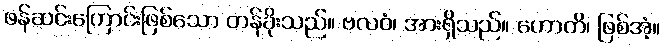
ဖန်ဆင်းကြောင်းဖြစ်သော တန်ခိုးသည်။ ဗလဝံ၊ အားရှိသည်။ ဟောတိ၊ ဖြစ်အံ့။